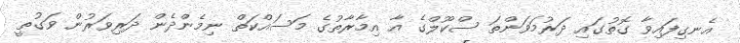
އެނގިފައިވާ ގޮތުގައި ދަރުމަވަންތަ ސްކޫލްގެ އާ އިމާރާތުގެ މަސައްކަތް ނިމެންދެން ދަރިވަރުން ވަގުތީ